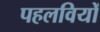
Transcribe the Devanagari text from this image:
पहलवियों